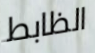
الظابط